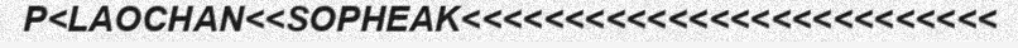
P<LAOCHAN<<SOPHEAK<<<<<<<<<<<<<<<<<<<<<<<<<<